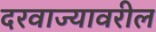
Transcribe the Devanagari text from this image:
दरवाज्यावरील